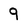
Character: 9